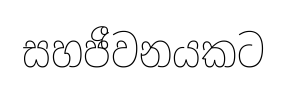
සහජීවනයකට